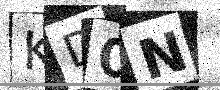
Text: KD0N